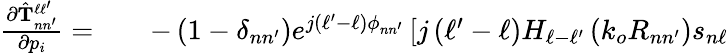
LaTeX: \begin{array}{rlr}{\frac{\partial\hat{\mathbf{T}}_{nn^{\prime}}^{\ell\ell^{\prime}}}{\partial p_{i}}=}&{{}}&{-\left(1-\delta_{nn^{\prime}}\right)e^{j\left(\ell^{\prime}-\ell\right)\phi_{nn^{\prime}}}\left[j\left(\ell^{\prime}-\ell\right)H_{\ell-\ell^{\prime}}\left(k_{o}R_{nn^{\prime}}\right)s_{n\ell}\right.}\end{array}